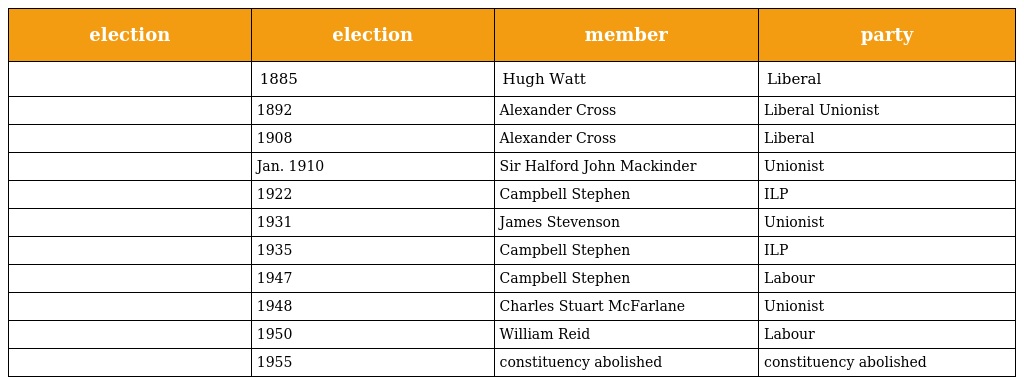
| election | election | member | party |
 | --- | --- | --- | --- |
 |  | 1885 | Hugh Watt | Liberal |
 |  | 1892 | Alexander Cross | Liberal Unionist |
 |  | 1908 | Alexander Cross | Liberal |
 |  | Jan. 1910 | Sir Halford John Mackinder | Unionist |
 |  | 1922 | Campbell Stephen | ILP |
 |  | 1931 | James Stevenson | Unionist |
 |  | 1935 | Campbell Stephen | ILP |
 |  | 1947 | Campbell Stephen | Labour |
 |  | 1948 | Charles Stuart McFarlane | Unionist |
 |  | 1950 | William Reid | Labour |
 |  | 1955 | constituency abolished | constituency abolished |